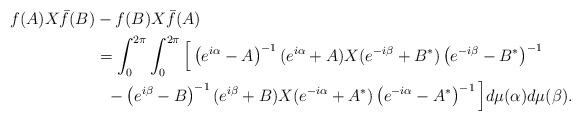
LaTeX: \begin{align*}f(A)X\bar{f}(B)& -f(B)X\bar{f}(A) \\& =\int_{0}^{2\pi }\int_{0}^{2\pi }\Big[\left( e^{i\alpha }-A\right)^{-1}(e^{i\alpha }+A)X(e^{-i\beta }+B^{\ast })\left( e^{-i\beta }-B^{\ast}\right) ^{-1} \\& \,\,\,\,-\left( e^{i\beta }-B\right) ^{-1}(e^{i\beta }+B)X(e^{-i\alpha}+A^{\ast })\left( e^{-i\alpha }-A^{\ast }\right) ^{-1}\Big]d\mu (\alpha)d\mu (\beta ).\end{align*}